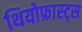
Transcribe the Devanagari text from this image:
थियोफ्रास्ट्स